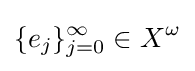
\{e_{j}\}_{j=0}^{\infty }\in X^{\omega }